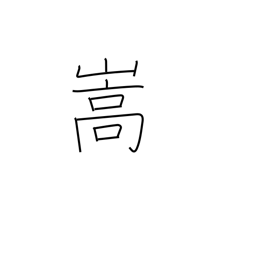
Meaning: be aggravated